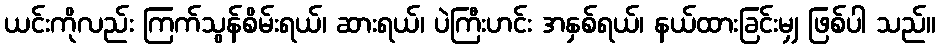
ယင်းကိုလည်း ကြက်သွန်စိမ်းရယ်၊ ဆားရယ်၊ ပဲကြီးဟင်း အနှစ်ရယ်၊ နယ်ထားခြင်းမျှ ဖြစ်ပါ သည်။